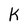
Character: k